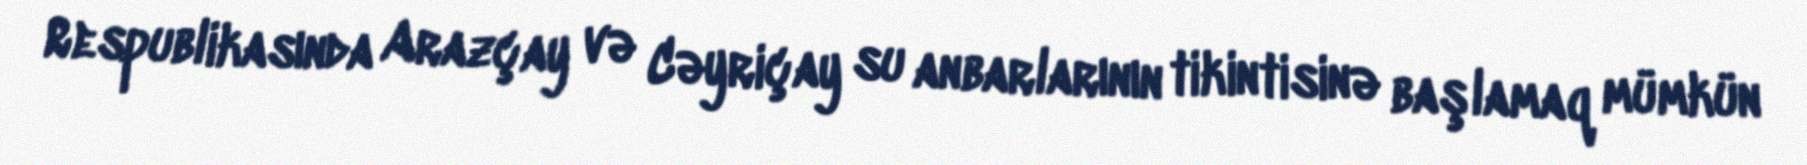
Respublikasında Arazçay və Cəyriçay su anbarlarının tikintisinə başlamaq mümkün